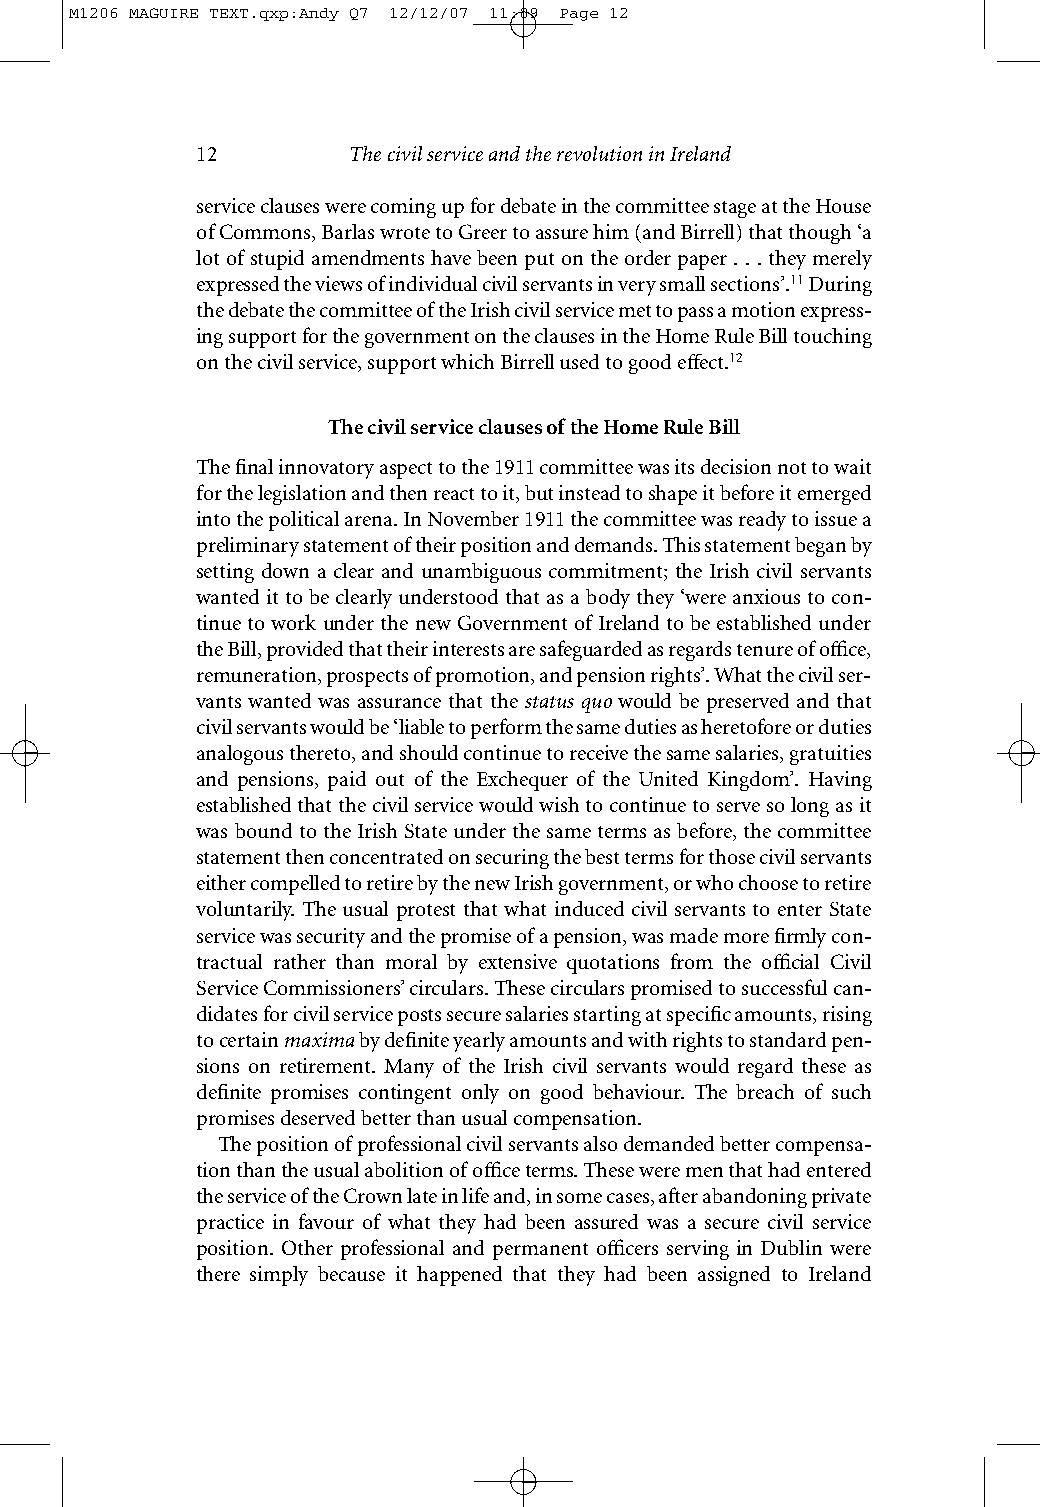
M1206 MAGUIRE TEXT.qxp:Andy Q7 12/12/07 11:09 Page 12
 12        The civil service and the revolution in Ireland
 service clauses were coming up for debate in the committee stage at the House
 of Commons, Barlas wrote to Greer to assure him (and Birrell) that though ‘a
 lot of stupid amendments have been put on the order paper . . . they merely
 expressed the views of individual civil servants in very small sections’.11During
 the debate the committee of the Irish civil service met to pass a motion express-
 ing support for the government on the clauses in the Home Rule Bill touching
 on the civil service, support which Birrell used to good effect.12
 The civil service clauses of the Home Rule Bill
 The final innovatory aspect to the 1911 committee was its decision not to wait
 for the legislation and then react to it, but instead to shape it before it emerged
 into the political arena. In November 1911 the committee was ready to issue a
 preliminary statement of their position and demands. This statement began by
 setting down a clear and unambiguous commitment; the Irish civil servants
 wanted it to be clearly understood that as a body they ‘were anxious to con-
 tinue to work under the new Government of Ireland to be established under
 the Bill, provided that their interests are safeguarded as regards tenure of office,
 remuneration, prospects of promotion, and pension rights’. What the civil ser-
 vants wanted was assurance that the status quo would be preserved and that
 civil servants would be ‘liable to perform the same duties as heretofore or duties
 analogous thereto, and should continue to receive the same salaries, gratuities
 and pensions, paid out of the Exchequer of the United Kingdom’. Having
 established that the civil service would wish to continue to serve so long as it
 was bound to the Irish State under the same terms as before, the committee
 statement then concentrated on securing the best terms for those civil servants
 either compelled to retire by the new Irish government, or who choose to retire
 voluntarily. The usual protest that what induced civil servants to enter State
 service was security and the promise of a pension, was made more firmly con-
 tractual rather than moral by extensive quotations from the official Civil
 Service Commissioners’ circulars. These circulars promised to successful can-
 didates for civil service posts secure salaries starting at specific amounts, rising
 to certain maximaby definite yearly amounts and with rights to standard pen-
 sions on retirement. Many of the Irish civil servants would regard these as
 definite promises contingent only on good behaviour. The breach of such
 promises deserved better than usual compensation.
 The position of professional civil servants also demanded better compensa-
 tion than the usual abolition of office terms. These were men that had entered
 the service of the Crown late in life and, in some cases, after abandoning private
 practice in favour of what they had been assured was a secure civil service
 position. Other professional and permanent officers serving in Dublin were
 there simply because it happened that they had been assigned to Ireland